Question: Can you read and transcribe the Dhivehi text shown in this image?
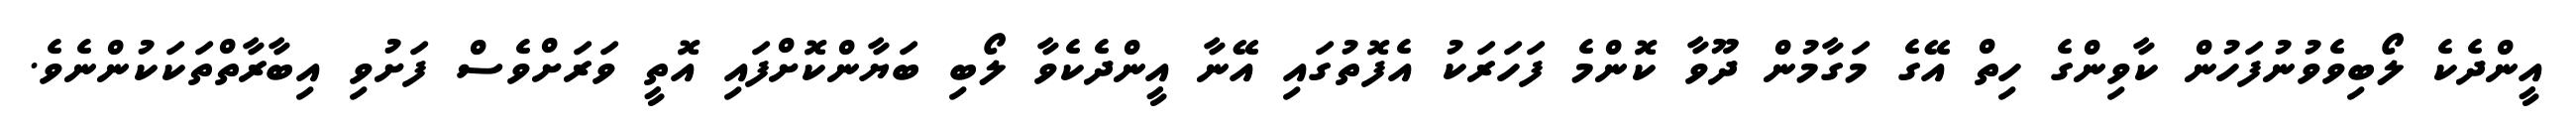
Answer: އީންދެކެ ލޯބިވެވުނުފަހުން ކާވިންގެ ހިތް އޭގެ މަގާމުން ދޫވާ ކޮންމެ ފަހަރަކު އެފޮތުގައި އޭނާ އީންދެކެވާ ލޯބި ބަޔާންކޮށްފައި އޮތީ ވަރަށްވެސް ފަށުވި އިބާރާތްތަކަކުންނެވެ.